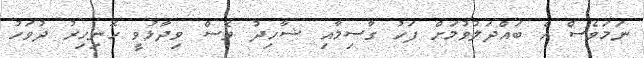
ނަމަވެސް އެ ބައްދަލުވުމަށް ފަހު ގާސިމާއި ޝާހިދު ވެސް ވިދާޅުވީ ހޮނިހިރު ދުވަހު